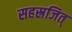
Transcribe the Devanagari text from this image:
सहस्रजित्